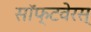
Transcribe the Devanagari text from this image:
सॉफ्टवेरस्